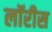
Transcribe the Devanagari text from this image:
लॉरीस